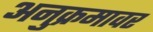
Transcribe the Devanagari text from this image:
अनुक्रमावर